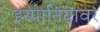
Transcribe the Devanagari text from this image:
इस्पानियावर